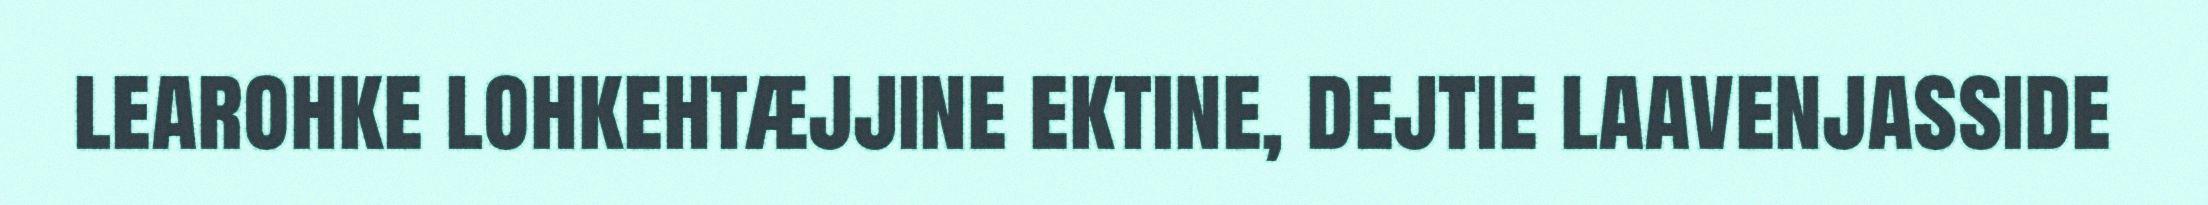
learohke lohkehtæjjine ektine, dejtie laavenjasside